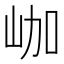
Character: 𡶐